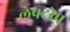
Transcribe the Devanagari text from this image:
लेपटोप